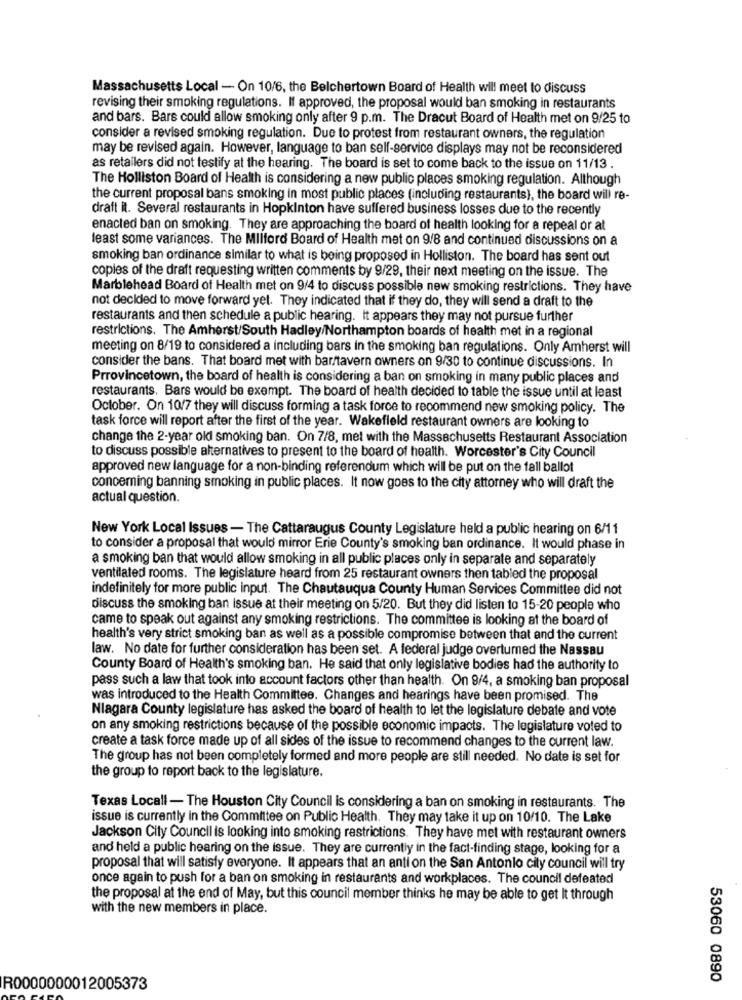
Massachusetts Local - On 10/6, the Belchertown Board of Health will meet to discuss
revising their smoking regulations. If approved, the proposal would ban smoking in restaurants
and bars. Bars could allow smoking only after 9 p.m. The Dracut Board of Health met on 9/25 to
consider a revised smoking regulation. Due to protest from restaurant owners, the regulation
may be revised again. However, language to ban self-service displays may not be reconsidered
as retailers did not testify at the hearing. The board is set to come back to the issue on 11/13 .
The Holliston Board of Health is considering a new public places smoking regulation. Although
the current proposal bans smoking in most public places (including restaurants), the board will re-
draft it. Several restaurants in Hopkinton have suffered business losses due to the recently
enacted ban on smoking. They are approaching the board of health looking for a repeal or at
least some variances. The Milford Board of Health met on 9/8 and continued discussions on a
smoking ban ordinance similar to what is being proposed in Holliston. The board has sent out
copies of the draft requesting written comments by 9/29, their next meeting on the issue. The
Marblehead Board of Health met on 9/4 to discuss possible new smoking restrictions. They have
not decided to move forward yet. They indicated that if they do, they will send a draft to the
restaurants and then schedule a public hearing. It appears they may not pursue further
restrictions. The Amherst/South Hadley/Northampton boards of health met in a regional
meeting on 8/19 to considered a including bars in the smoking ban regulations. Only Amherst will
consider the bans. That board met with bar/tavern owners on 9/30 to continue discussions. In
Prrovincetown, the board of health is considering a ban on smoking in many public places and
restaurants, Bars would be exempt. The board of health decided to table the issue until at least
October. On 10/7 they will discuss forming a task force to recommend new smoking policy. The
task force will report after the first of the year. Wakefield restaurant owners are looking to
change the 2-year okl smoking ban. On 7/8, met with the Massachusetts Restaurant Association
to discuss possible alternatives to present to the board of health. Worcester's City Council
approved new language for a non-binding referendum which will be put on the fall ballot
concerning banning smoking in public places. It now goes to the city attorney who will draft the
actual question.
New York Local Issues - The Cattaraugus County Legislature held a public hearing on 6/11
to consider a proposal that would mirror Erie County's smoking ban ordinance. It would phase in
a smoking ban that would allow smoking in all public places only in separate and separately
ventilated rooms. The legislature heard from 25 restaurant owners then tabled the proposal
indefinitely for more public input. The Chautauqua County Human Services Committee did not
discuss the smoking ban issue at their meeting on 5/20. But they did listen to 15-20 people who
came to speak out against any smoking restrictions. The committee is looking at the board of
health's very strict smoking ban as well as a possible compromise between that and the current
law. No date for further consideration has been set. A federal judge overturned the Nassau
County Board of Health's smoking ban. He said that only legislative bodies had the authority to
pass such a law that took into account factors other than health. On 9/4, a smoking ban proposal
was introduced to the Health Committee. Changes and hearings have been promised. The
Niagara County legislature has asked the board of health to let the legislature debate and vote
on any smoking restrictions because of the possible economic impacts. The legislature voted to
create a task force made up of all sides of the issue to recommend changes to the current law.
The group has not been completely formed and more people are still needed. No date is set for
the group to report back to the legislature.
Texas Locall - The Houston City Council is considering a ban on smoking in restaurants. The
issue is currently in the Committee on Public Health. They may take it up on 10/10. The Lake
Jackson City Council is looking into smoking restrictions. They have met with restaurant owners
and held a public hearing on the issue. They are currently in the fact-finding stage, looking for a
proposal that will satisfy everyone. It appears that an anti on the San Antonio city council will try
once again to push for a ban on smoking in restaurants and workplaces. The council defeated
the proposal at the end of May, but this council member thinks he may be able to get It through
with the new members in place.
53060 0890
R0000000012005373